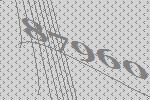
87960